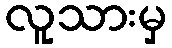
လူသားမှ